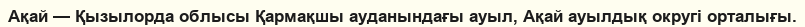
Ақай — Қызылорда облысы Қармақшы ауданындағы ауыл, Ақай ауылдық округі орталығы.